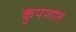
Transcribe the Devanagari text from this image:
कुंपणांत